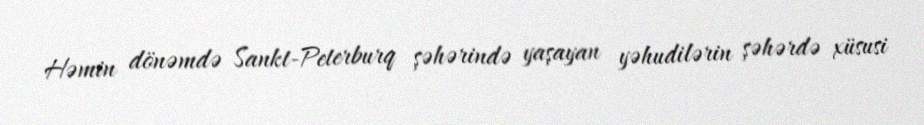
Həmin dönəmdə Sankt-Peterburq şəhərində yaşayan yəhudilərin şəhərdə xüsusi